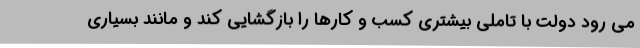
می رود دولت با تاملی بیشتری کسب و کارها را بازگشایی کند و مانند بسیاری